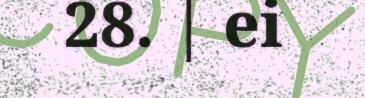
28. | ei